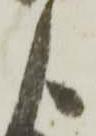
よ